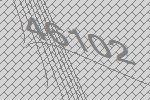
46102